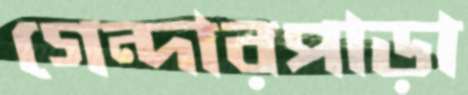
গেন্দারপাড়া